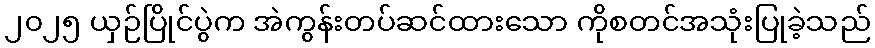
၂၀၂၅ ယှဉ်ပြိုင်ပွဲက အဲကွန်းတပ်ဆင်ထားသော ကိုစတင်အသုံးပြုခဲ့သည်